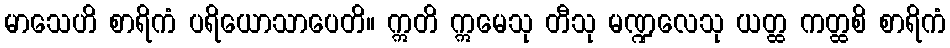
မာသေဟိ စာရိကံ ပရိယောသာပေတိ။ ဣတိ ဣမေသု တီသု မဏ္ဍလေသု ယတ္ထ ကတ္ထစိ စာရိကံ